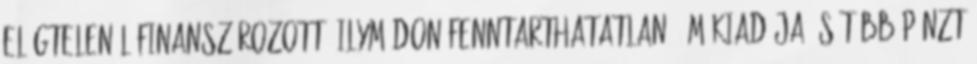
elégtelenül finanszírozott, ilymódon fenntarthatatlan, ám kiadója és több pénzt